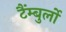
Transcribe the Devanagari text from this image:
टैंम्बुर्लो